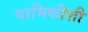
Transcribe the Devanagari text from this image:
यामिकीशी